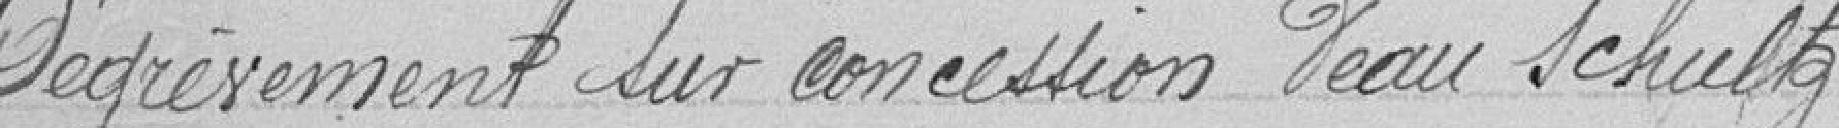
Dégrèvement sur concession d'eau Schultz